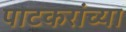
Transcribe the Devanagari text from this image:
पाटकरांच्या